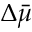
\Delta \bar { \mu }